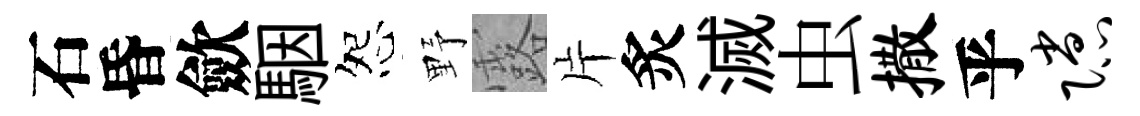
石昏歛駰怨野露片炙滅虫撒乎隙